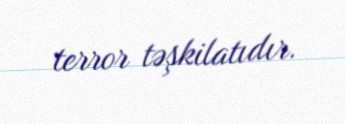
terror təşkilatıdır.